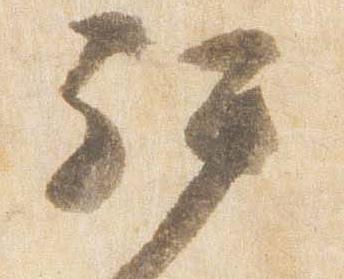
拝